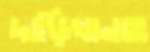
দাড়িখানাও